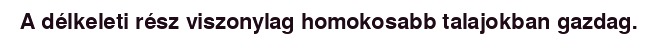
A délkeleti rész viszonylag homokosabb talajokban gazdag.